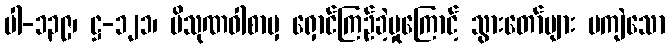
ပါ-၁၃၉၊ ဋ္ဌ-၁၂၁၊ ပိသုဏဝါစာမှ ရှောင်ကြဉ်ခဲ့မှုကြောင့် သွားတော်များ မကျဲသော